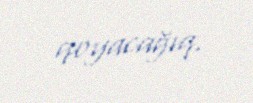
qoyacağıq.